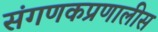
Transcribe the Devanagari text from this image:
संगणकप्रणालीस